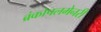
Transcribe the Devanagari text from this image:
ब्रंकोपलमेनरी